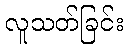
လူသတ်ခြင်း